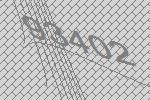
93402